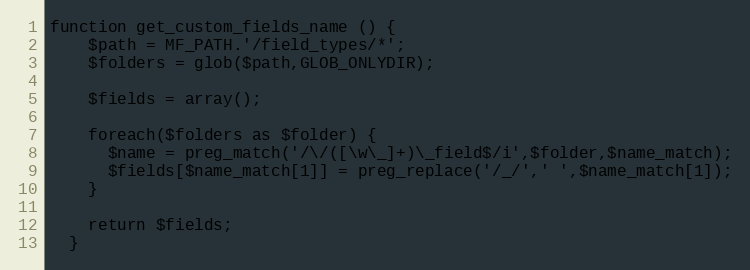
Language: PHP
function get_custom_fields_name () {
    $path = MF_PATH.'/field_types/*';
    $folders = glob($path,GLOB_ONLYDIR);

    $fields = array();

    foreach($folders as $folder) {
      $name = preg_match('/\/([\w\_]+)\_field$/i',$folder,$name_match);
      $fields[$name_match[1]] = preg_replace('/_/',' ',$name_match[1]);
    }

    return $fields;
  }